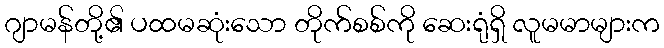
ဂျာမန်တို့၏ ပထမဆုံးသော တိုက်စစ်ကို ဆေးရုံရှိ လူမမာများက